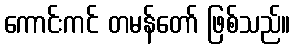
ကောင်းကင် တမန်တော် ဖြစ်သည်။